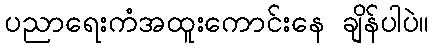
ပညာရေးကံအထူးကောင်းနေ ချိန်ပါပဲ။